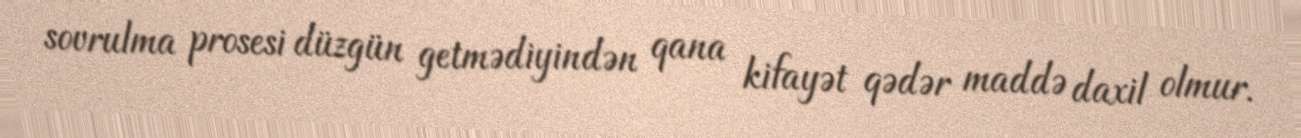
sovrulma prosesi düzgün getmədiyindən qana kifayət qədər maddə daxil olmur.